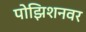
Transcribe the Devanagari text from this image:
पोझिशनवर